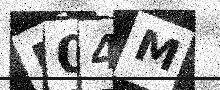
Text: B04M